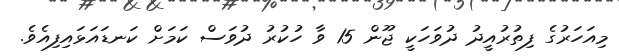
މިއަހަރުގެ ފިތުރުއީދު ދުވަހަކީ ޖޫން 15 ވާ ހުކުރު ދުވަސް ކަމަށް ކަނޑައަޅައިފިއެވެ.